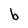
Character: b